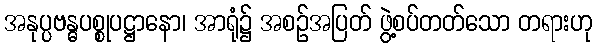
အနုပ္ပဗန္ဓပစ္စုပဋ္ဌာနော၊ အာရုံ၌ အစဉ်အပြတ် ဖွဲ့စပ်တတ်သော တရားဟု